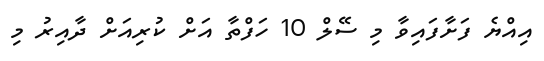
އިއްޔެ ފަށާފައިވާ މި ސޭލް 10 ހަފްތާ އަށް ކުރިއަށް ދާއިރު މި